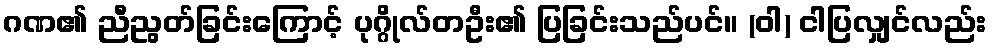
ဂဏ၏ ညီညွတ်ခြင်းကြောင့် ပုဂ္ဂိုလ်တဦး၏ ပြခြင်းသည်ပင်။ (ဝါ) ငါပြလျှင်လည်း